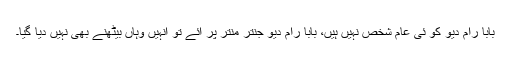
بابا رام دیو کو ئی عام شخص نہیں ہیں، بابا رام دیو جنتر منتر پر آئے تو انہیں وہاں بیٹھنے بھی نہیں دیا گیا۔